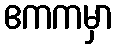
ဧကကမှာ